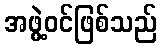
အဖွဲ့ဝင်ဖြစ်သည်